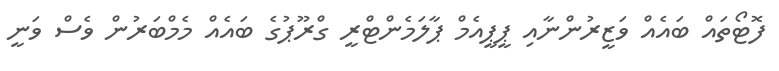
ފޮޓޯތައް ބައެއް ވަޒީރުންނާއި ޕީޕީއެމް ޕާލަމެންޓްރީ ގްރޫޕުގެ ބައެއް މެމްބަރުން ވެސް ވަނީ